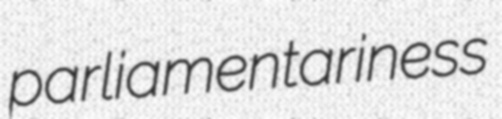
parliamentariness